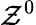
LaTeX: \mathcal{Z}^{0}